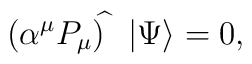
(\alpha ^\mu {P}_\mu )^{\widehat{}}\ \ |\Psi \rangle =0,